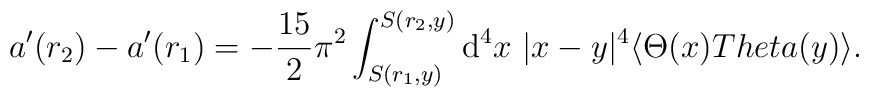
a^{\prime }(r_{2})-a^{\prime }(r_{1})=-\frac{15}{2}\pi^{2}\int_{S(r_{1},y)}^{S(r_{2},y)}{\rm d}^{4}x\ |x-y|^{4}\langle\Theta (x)\\Theta (y)\rangle.